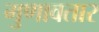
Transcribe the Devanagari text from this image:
गुणावतार